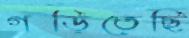
গড়িতেছি